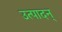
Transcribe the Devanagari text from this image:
उत्पादन्